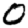
Digit: 0